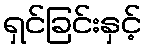
ရှင်ခြင်းနှင့်